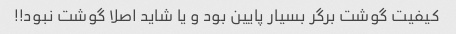
کیفیت گوشت برگر بسیار پایین بود و یا شاید اصلا گوشت نبود!!